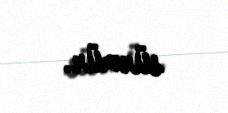
sürmür.